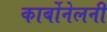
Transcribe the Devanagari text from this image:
कार्बोनेलनी